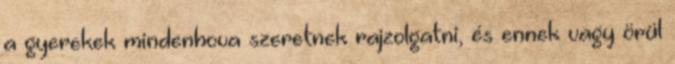
a gyerekek mindenhova szeretnek rajzolgatni, és ennek vagy örül